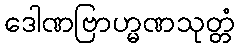
ဒေါဏဗြာဟ္မဏသုတ္တံ